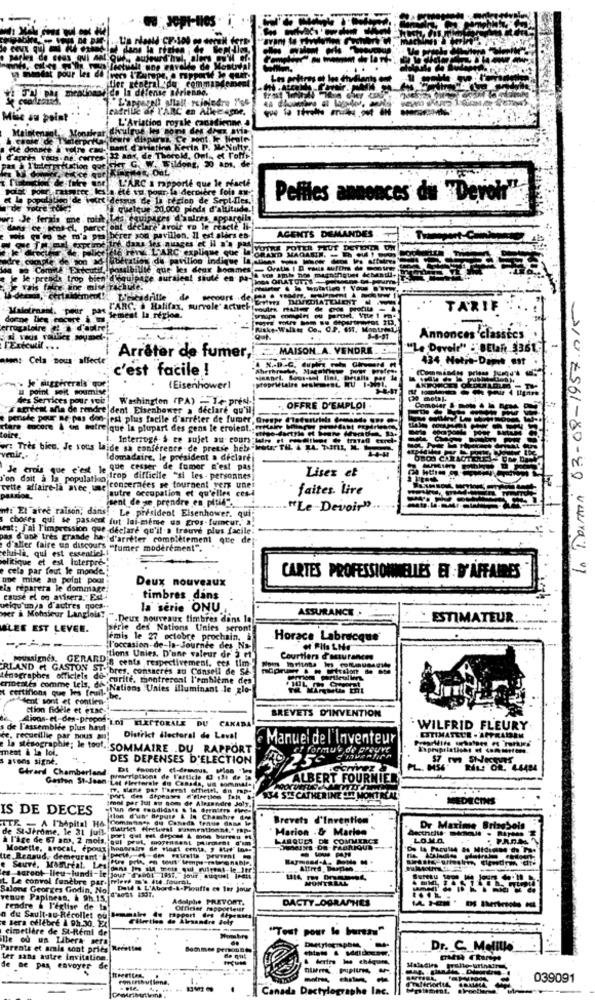
JOpt-HOS .
terp
ler gene
do la defense stri
Men
eatrille af l'ARC en Alle agne,
e au point
L'Aviation royale ca
Mal
d'aprta vous ne rires If ans. d
à I'Interpretation got Fier C.
de T
L'ARCI'D
que le riseth
e fol aw-
Vortidessus de la region de Sept-Iles,
Peffles annonces du "Devol"
de votre
quelque 20.000 pieds d'altitude .!
ferais me , moist
d'autres appareils
ce " sco -, parce oat declare avoir ro le reacte li-]
AGENTS DEMANDES
m'a pm berer you pavillon. Il est alors es-
tre. dans les nuages et il n'a pas
VOTRE POTER PEUT DETENER ON
dre compte de son ad-libération de pavilion Indique ------- affetm.
te enL'ARC explique Que 'GRAND MAGASIN. - QUE!
que les deux hommes - Gratis | B eaus aufthe de
e le . preade trop bien'd'équipage auraient sauté en po- se amb no) magnifiques debestli-
page tural
mel! Dekadrille de
In Dermini 03-08-1957.0/5
Malotraand, pour PM
FARGO Halifax, survole' actuche malter de Cos profit
TARIF
donne lieu cocure i .
Jemest la region.
--.
----
rugaloire ! a d'autre!
Annonces classics
l'Exécutif .. .
Arrêter de fumer ,!
MAISON.A. VENDRE
"Le Develt" :"BElane 3361 .
esen: Cela tous affecte
434, Notre-Dame est
c'est facile !
A X-D.C.
. Je suggérerals" gor
u point seit soumise
(Eisenhower]
des Services pour voi:
Washington (PA) - Te prest!
X agrécat ania de rendre dent Eisenhower a déclaré qu'il
. OFFRE D'EMPLOI
penale pour ne pas don-jest plus facile d'arrêter de fumer Grespe Cletuririels @
stara encore & un autre que la plupart des gens le croient .;
toire
1. Interroge-& ce sujet au cours ward o
w: Très bien. Je vous laide sa conference de presse heb "Hot TIL A 24. TuTIL,
venir ..
Idomadaire, le président a déclaré
Je crois que c'est le que cesser de fumer n'est pas
Lisez et
"'on dait a la population trop difficile "si les - personnes
cette affaire-la avec une concernées se tournent vers unei
faites. Lire
autre occupation et qu'elles ces -!
sent de se prendre en pflege
"Le -Devoir"
nt: El aree ralson; dans! Le président Eisenhower. qui-
s choses qui se passeot fut lui-même un gros-fumeur. ..
vest: J'ai l'impression que déclare qu'il a trouvé plus facile:
pas d'une tres grande ha d'arrêter complètement que de
d'aller faire un discours "fumer moderement".
celui-la, qui est essentiel-
olitique et est Interpre-
cela par tout le monde.
une mise au polat pool
Deux nouveaux
CARTES PROFESSIONNELLES ET D'AFFAIRES
eis reparera le dommage.
cause el oo avisera."Est-
timbres dans
utiqu'un)a d'autres ques ..
la serie ONU
ASSURANCE
ver & Monsieur Langlois: -
"Deux nouveaux timbres dans la
ESTIMATEUR
BLEE EST LEVEN.
perle des Nations Unies seront
-----
lemis le 27 octobre prochain, à
Horace Labrecque
;l'occasion-de-la-Journée des Na-
-
porussignes. GERARD'S cents respectivement. ces tim
(tions Unies. D'une valeur dr's et
Courtiers d'azurances
RLAND et GASTON ST. bres, consacres au Consell de SE
Enographes officiels do curité, montreront l'emblème des
t certifions que les fruil- the
noestés comme tels, des
Nations Unies illuminant le zlo-
det sont et contien-
ction fidèle et etsc-
BREVETS D'INVENTION
de l'assemblée plus haut
dions-et-des-propos "Lol ELETTORALE DU CANAD
WILFRID FLEURY
de, recueillie par nous an
District électoral de Laval
Manuel de l'inventeur
ESTIMATECE . APFRAISEN
ment & la loi.
la stesographie; let
SOMMAIRE .DU RAPPORT
et formu's de preuve
avons signe.
DES DEPENSES D'ELECTION
Ctrand Chamberland
PL. H34
RAL: OR. 4-4484
Gesten St-Jean Let Fleeterale do Canada, us sommal.
Gaston St-Jean
prescriptions de l'article @ 13t de is
ALBERT FOURNIER
Ty. Mane par P'aerat offictek, du map-
mot par hut au nom de Alexandre Joly.
port des Stpesses M'flerties fait L
334 STE CATHERINE SHE MONTREAL
MEDETNes
IS DE DECES
Tun des Fondidats & la derniere the
TTE - A l'hôpital 16 Commonss, du Caneda frase dass le
flon d'une Bepure & la Chambre top
Brevets d'invention
de St-Jerome, le 31 jun. "dlatrit firetemat Fatmrationne." rap.
Marion . & Maria
othcite
Dr Maxime BriseSols
à l'âge de 67 ams, 2 mois, auf!
LABQUEA DE COMMERCE
LOMO
Moortle, svocal, epour hoograin de vingt conta, y atif" ine.
tte.Renaud, demeurant " Fact, - des Putretta peuvent =u
---
e Sauve, Momreal. Les
es saront lieu-lundi-le jour fendt -1831, jour duquel Inett
t. Le convol funebre pari
Salons Georges Godin, No. Detd & L'Abord-&-Plouffe es ler Jour
venue Papineas, & 9h.15.
Adolphe PREVORT.
DACTY-OGRASHES
Fendre & l'eglise de la
Offder rappo
n de Sault-au-Récollet ou Bommiles
e sera ofiebre & 9h.30. Ex
Ctivethe de Alrsandre Joly
cimetière de St-Remi de
"Tout pour le bureau"
lle od us Libera sera
Parents et amis sont priés Recettes
Dr. C. Melille'
ter sans autre invitation.
de ne pas envoyer
---
039091
Canada Dactylographe Inc.